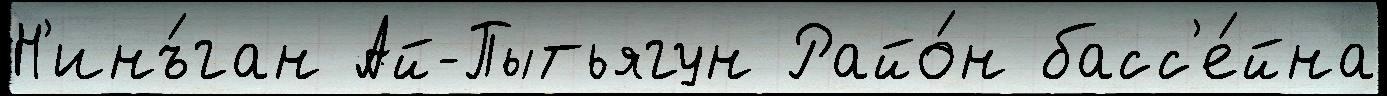
Н'инъ́ган Ай-Пытьягун Райо́н басс'е́йна